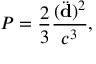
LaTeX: P = { \frac { 2 } { 3 } } { \frac { ( \ddot { \bf d } ) ^ { 2 } } { c ^ { 3 } } } ,